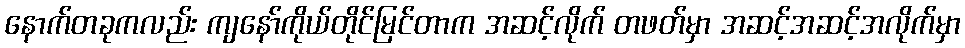
နောက်တခုကလည်း ကျနော်ကိုယ်တိုင်မြင်တာက အဆင့်လိုက် တဖတ်မှာ အဆင့်အဆင့်အလိုက်မှာ